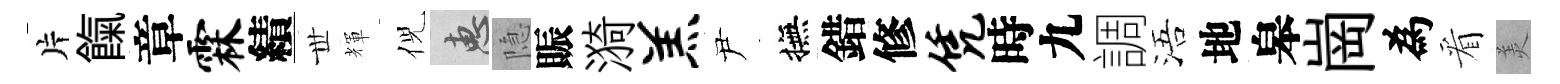
片餼章霖績𠀍輝倪惠隐賑漪羔尹撫錯修凭時九調浯地皋崗為看羙